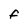
Character: F